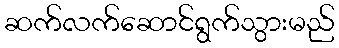
ဆက်လက်ဆောင်ရွက်သွားမည်